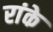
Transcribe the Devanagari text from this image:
रांके